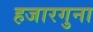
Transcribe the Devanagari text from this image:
हजारगुना